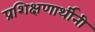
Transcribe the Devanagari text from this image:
प्रशिक्षणार्थीनी